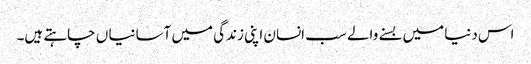
اس دنیا میں بسنے والے سب انسان اپنی زندگی میں آسانیا ں چاہتے ہیں۔